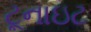
ટૂનાઇટ